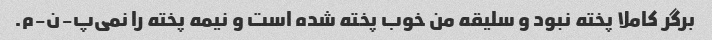
برگر کاملا پخته نبود و سلیقه من خوب پخته شده است و نیمه پخته را نمی‌پ-ن-م.